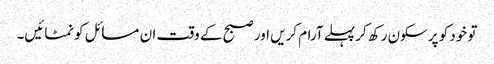
تو خود کو پرسکون رکھ کر پہلے آرام کریں اور صبح کے وقت ان مسائل کو نمٹائیں۔